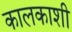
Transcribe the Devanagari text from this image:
कालकाशी